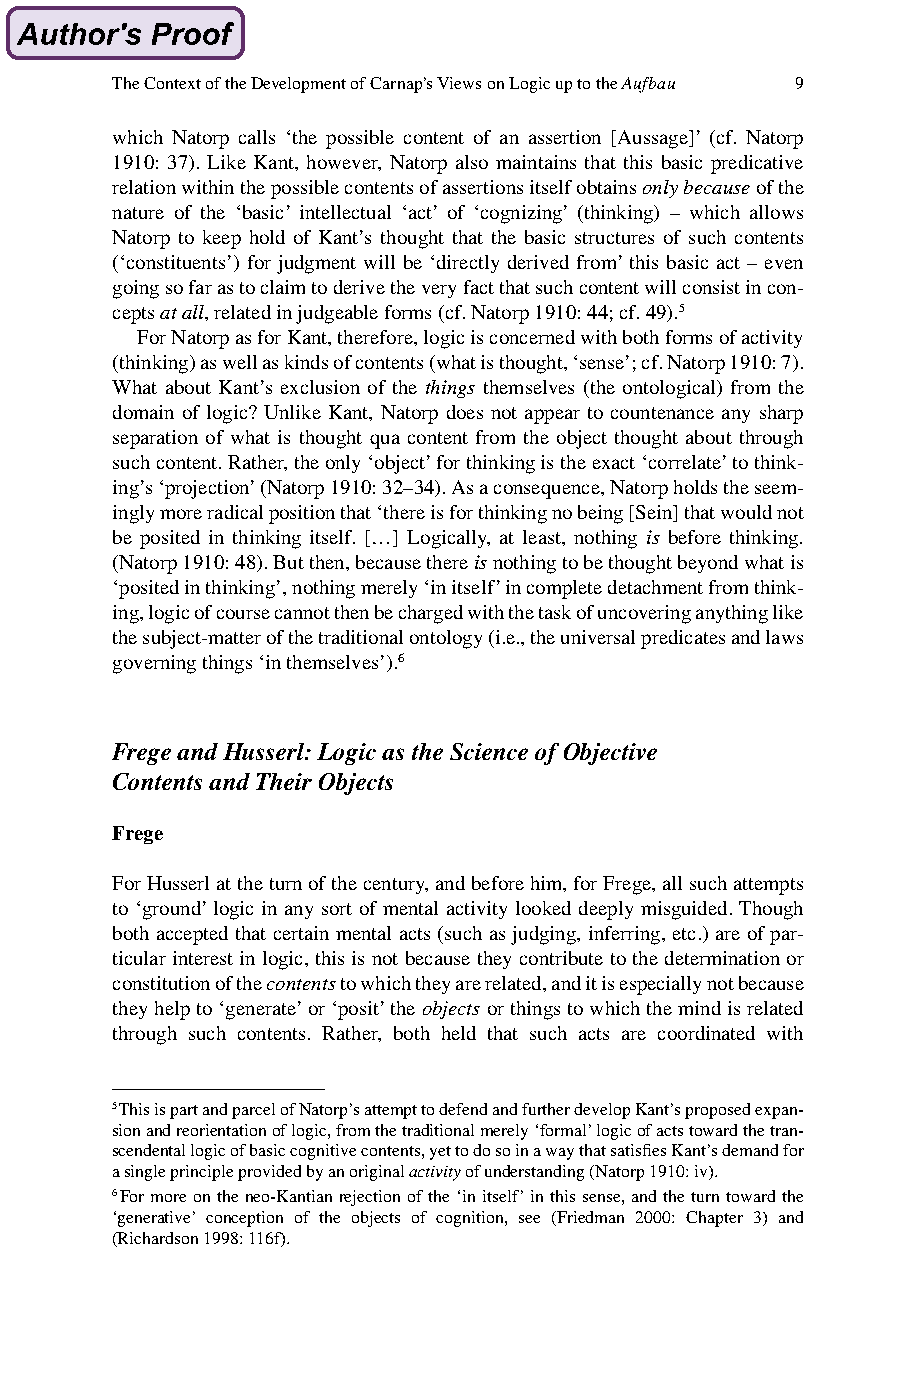
The Context of the Development of Carnap’s Views on Logic up to the Aufbau 9
 which Natorp calls ‘the possible content of an assertion [Aussage]’ (cf. Natorp
 1910: 37). Like Kant, however, Natorp also maintains that this basic predicative
 relation within the possible contents of assertions itself obtains only because of the
 nature of the ‘basic’ intellectual ‘act’ of ‘cognizing’ (thinking) – which allows
 Natorp to keep hold of Kant’s thought that the basic structures of such contents
 (‘constituents’) for judgment will be ‘directly derived from’ this basic act – even
 going so far as to claim to derive the very fact that such content will consist in con-
 cepts at all, related in judgeable forms (cf. Natorp 1910: 44; cf. 49).5
 For Natorp as for Kant, therefore, logic is concerned with both forms of activity
 (thinking) as well as kinds of contents (what is thought, ‘sense’; cf. Natorp 1910: 7).
 What about Kant’s exclusion of the things themselves (the ontological) from the
 domain of logic? Unlike Kant, Natorp does not appear to countenance any sharp
 separation of what is thought qua content from the object thought about through
 such content. Rather, the only ‘object’ for thinking is the exact ‘correlate’ to think-
 ing’s ‘projection’ (Natorp 1910: 32–34). As a consequence, Natorp holds the seem-
 ingly more radical position that ‘there is for thinking no being [Sein] that would not
 be posited in thinking itself. […] Logically, at least, nothing is before thinking.
 (Natorp 1910: 48). But then, because there is nothing to be thought beyond what is
 ‘posited in thinking’, nothing merely ‘in itself’ in complete detachment from think-
 ing, logic of course cannot then be charged with the task of uncovering anything like
 the subject-matter of the traditional ontology (i.e., the universal predicates and laws
 governing things ‘in themselves’).6
 Frege and Husserl: Logic as the Science of Objective
 Contents and Their Objects
 Frege
 For Husserl at the turn of the century, and before him, for Frege, all such attempts
 to ‘ground’ logic in any sort of mental activity looked deeply misguided. Though
 both accepted that certain mental acts (such as judging, inferring, etc.) are of par-
 ticular interest in logic, this is not because they contribute to the determination or
 constitution of the contents to which they are related, and it is especially not because
 they help to ‘generate’ or ‘posit’ the objects or things to which the mind is related
 through such contents. Rather, both held that such acts are coordinated with
 5 This is part and parcel of Natorp’s attempt to defend and further develop Kant’s proposed expan-
 sion and reorientation of logic, from the traditional merely ‘formal’ logic of acts toward the tran-
 scendental logic of basic cognitive contents, yet to do so in a way that satisfies Kant’s demand for
 a single principle provided by an original activity of understanding (Natorp 1910: iv).
 6 For more on the neo-Kantian rejection of the ‘in itself’ in this sense, and the turn toward the
 ‘generative’ conception of the objects of cognition, see (Friedman 2000: Chapter 3) and
 (Richardson 1998: 116f).